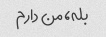
بله، من دارم